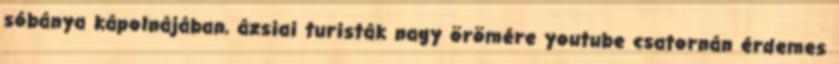
sóbánya kápolnájában, ázsiai turisták nagy örömére youtube csatornán érdemes